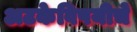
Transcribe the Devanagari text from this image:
अटकेविषयीचे